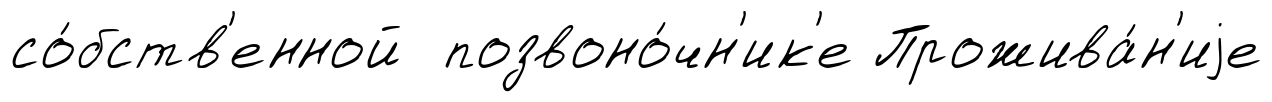
со́бств'енной позвоно́чн'ик'е Прожива́н'иjе